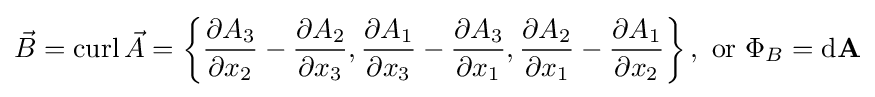
{\vec {B}}=\operatorname {curl} {\vec {A}}=\left\{{\frac {\partial A_{3}}{\partial x_{2}}}-{\frac {\partial A_{2}}{\partial x_{3}}},{\frac {\partial A_{1}}{\partial x_{3}}}-{\frac {\partial A_{3}}{\partial x_{1}}},{\frac {\partial A_{2}}{\partial x_{1}}}-{\frac {\partial A_{1}}{\partial x_{2}}}\right\},{\text{ or }}\Phi _{B}={\rm {d}}\mathbf {A}